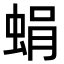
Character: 蜎